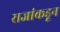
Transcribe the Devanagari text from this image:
राजांकडून